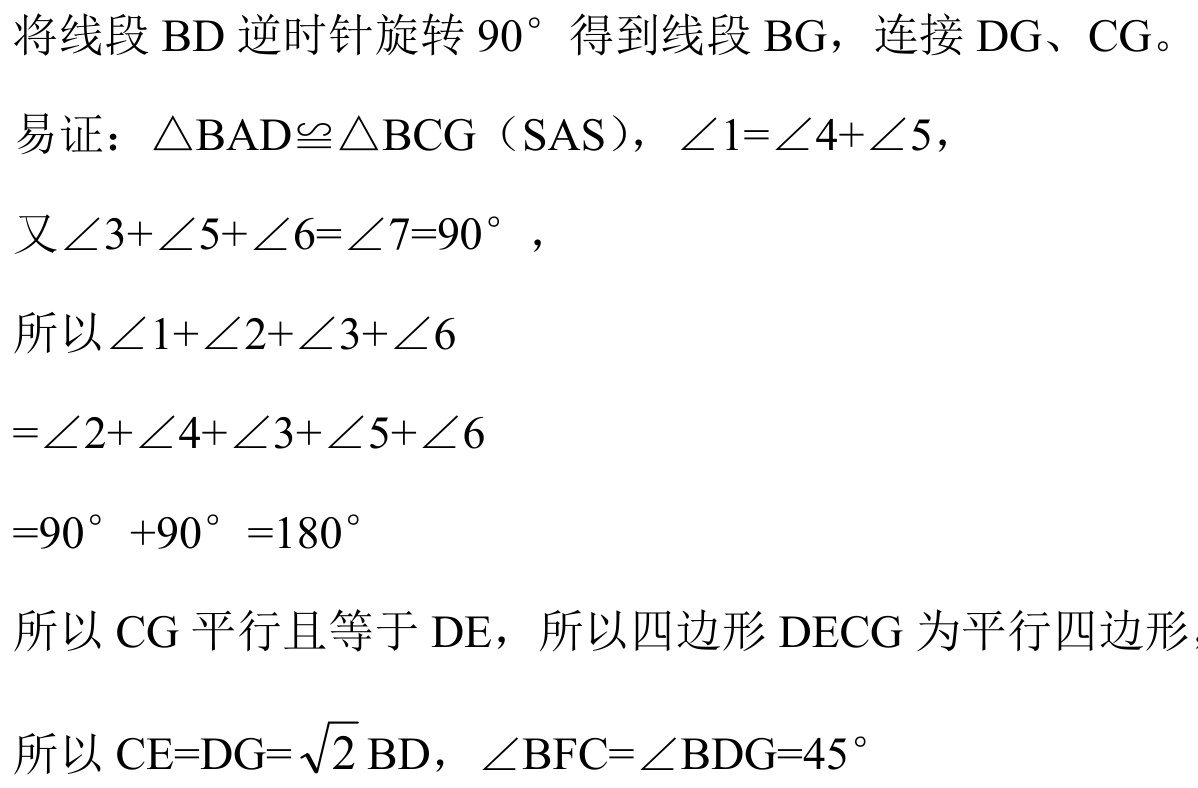
将线段\(BD\)逆时针旋转\(90^{\circ}\)得到线段\(BG\)，连接\(DG、CG\)。
易证：\(\triangle BAD\cong\triangle BCG\)（SAS），\(\angle1 = \angle4+\angle5\)，
又\(\angle3+\angle5+\angle6=\angle7 = 90^{\circ}\)，
所以\(\angle1+\angle2+\angle3+\angle6\)
\(=\angle2+\angle4+\angle3+\angle5+\angle6\)
\(=90^{\circ}+90^{\circ}=180^{\circ}\)
所以\(CG\)平行且等于\(DE\)，所以四边形\(DECG\)为平行四边形，
所以\(CE = DG=\sqrt{2}BD\)，\(\angle BFC=\angle BDG = 45^{\circ}\)